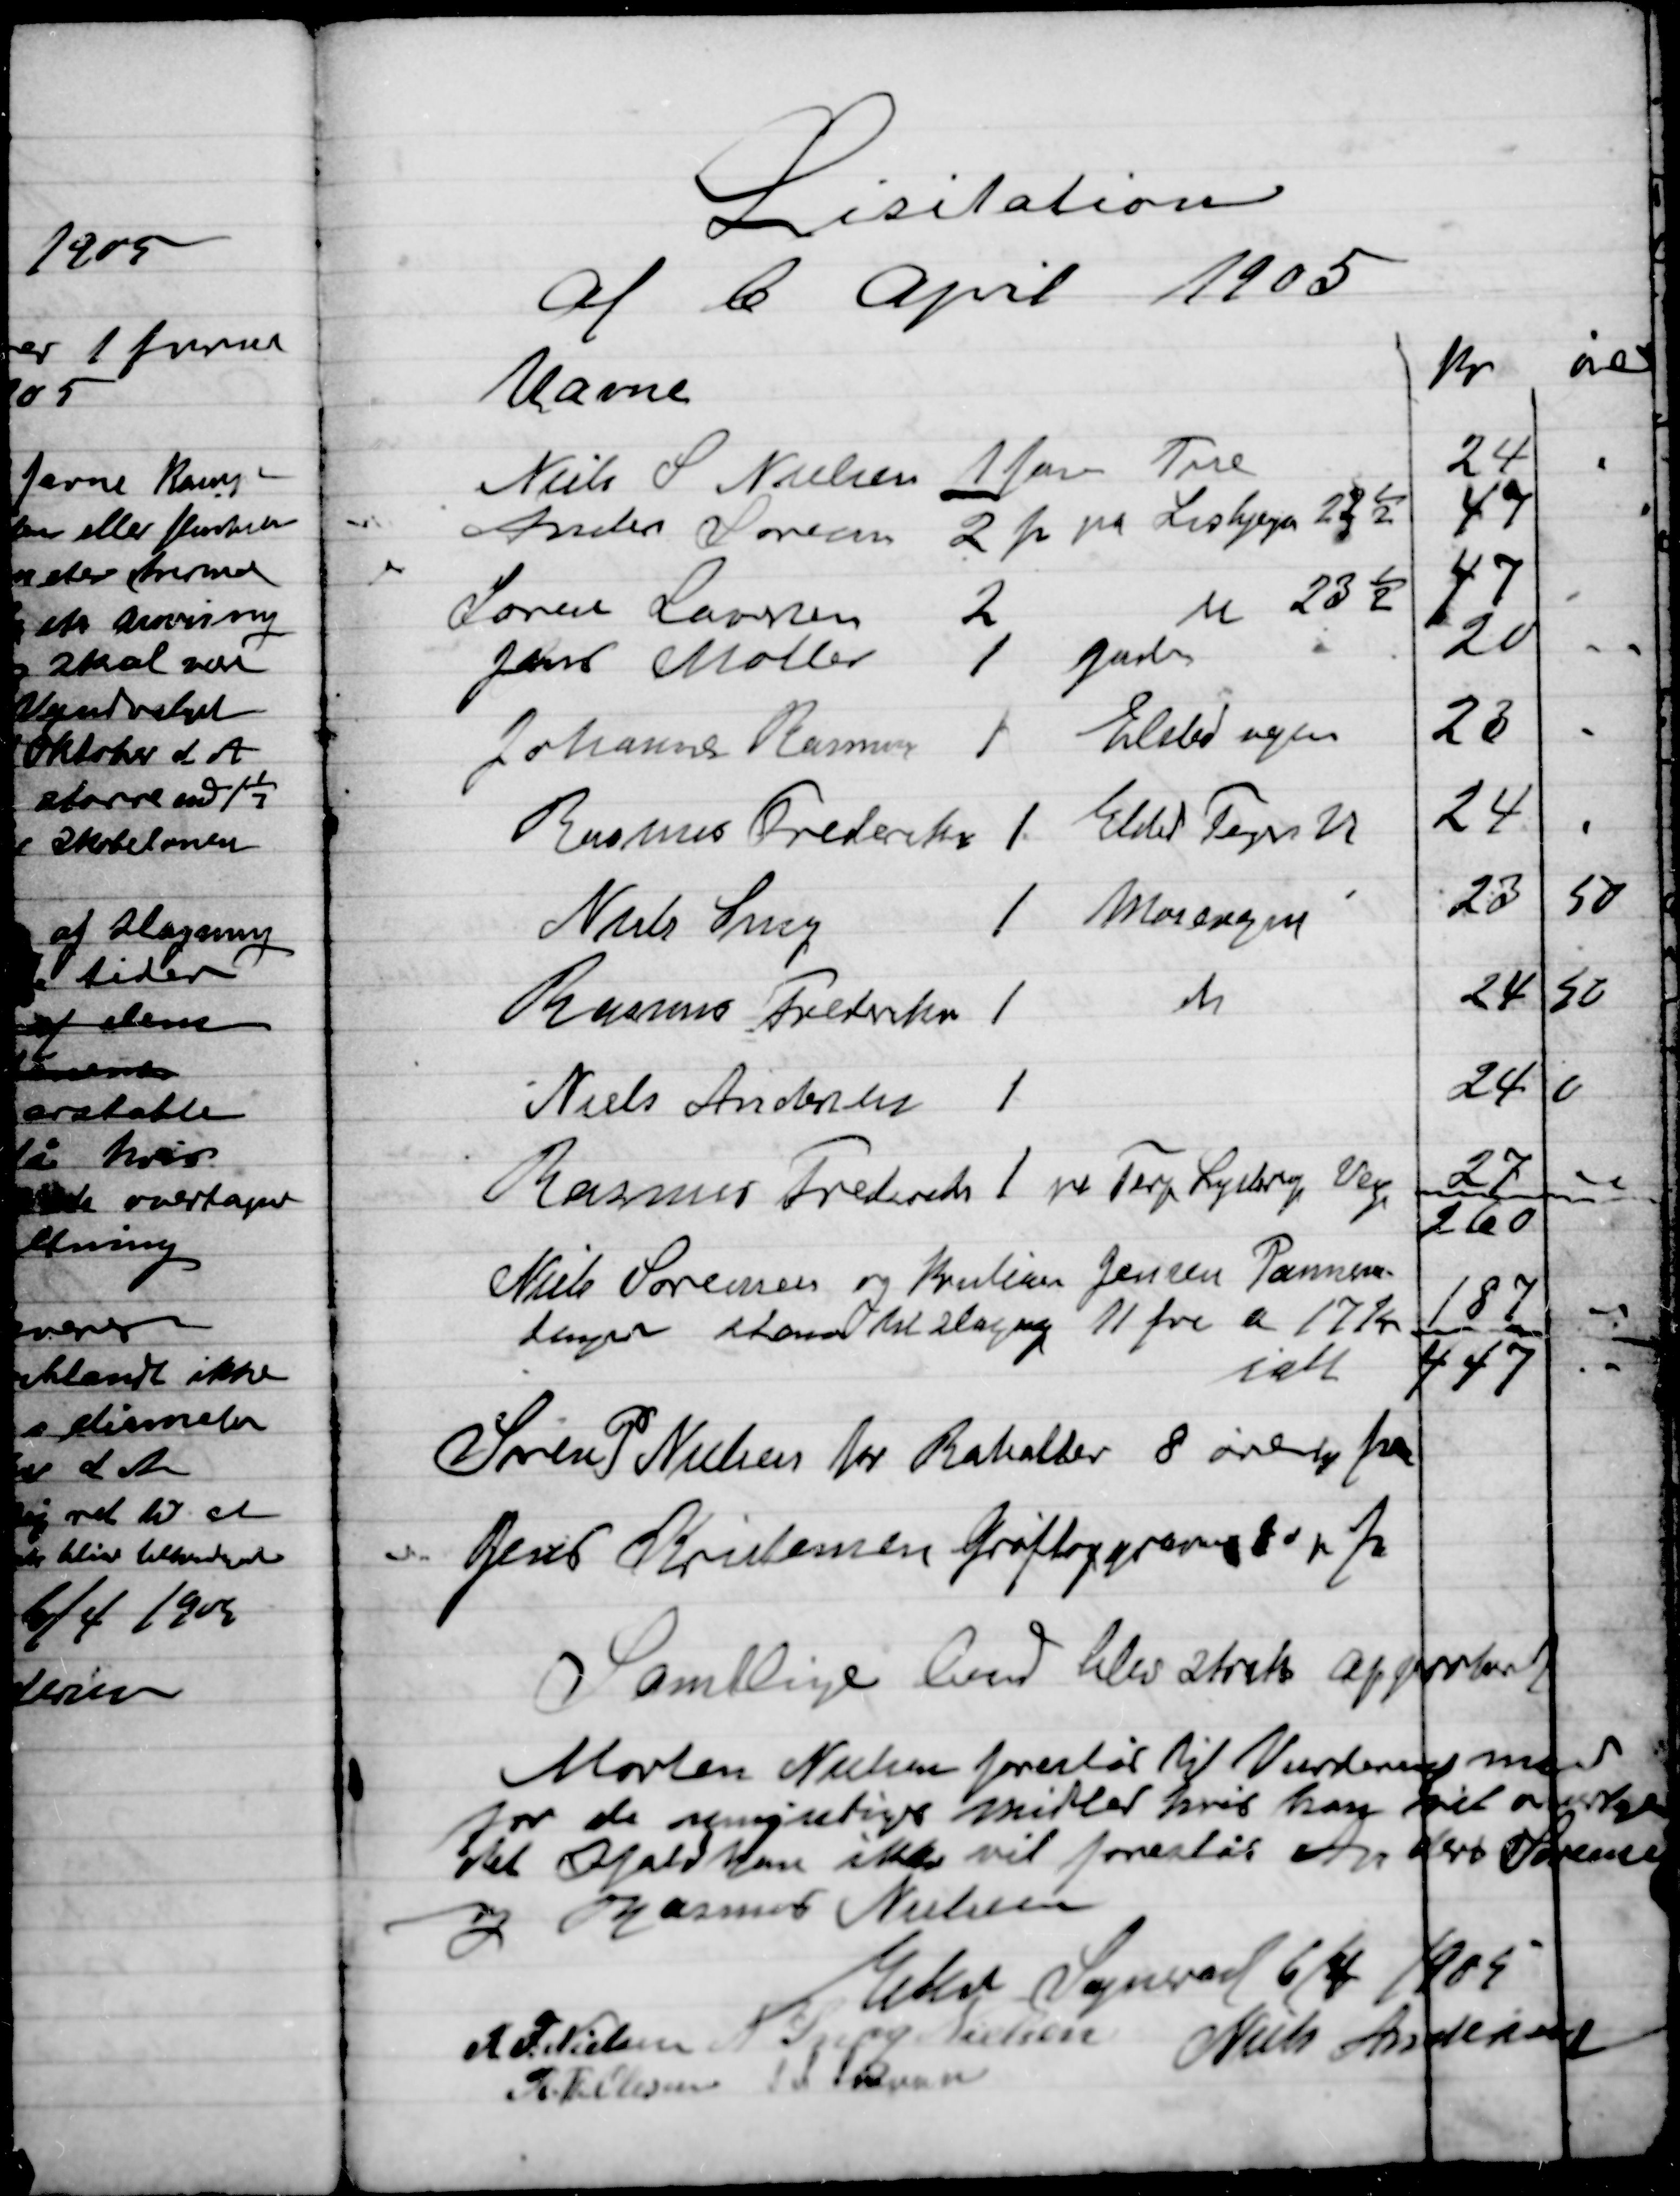
Transskription:
Søren P. Nielsen for Rabatter 8 øre pr. fv
Jens Kristiansen grøfteafgravning 8 ø pr. fv

Samtlige bud blev straks approberet

Morten Nielsen foreslås til Vurderingsmand
for de  midler hvis han vil overtage 
det Ifald han ikke vil foreslås Anders Sørensen 
og Rasmus Nielsen

Elev Sogneråd 6/4 1905

R. Th. Nielsen
N. Snog Nielsen
Niels Andersen
R. Th. Olsen
S. L. Sørensen